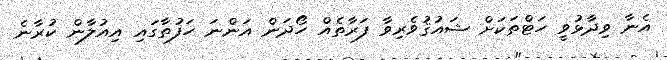
އެނާ ވިދާޅުވީ ހަޓްތަކަށް ޝައުޤުވެރިވާ ފަރާތެއް ހޯދަން އަންނަ ހަފުތާގައި އިއުލާން ކުރާނެ